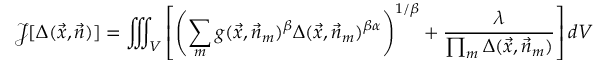
\mathcal { J } [ \Delta ( \vec { x } , \vec { n } ) ] = \iiint _ { V } \left[ \left( \sum _ { m } g ( \vec { x } , \vec { n } _ { m } ) ^ { \beta } \Delta ( \vec { x } , \vec { n } _ { m } ) ^ { \beta \alpha } \right) ^ { 1 / \beta } + \frac { \lambda } { \prod _ { m } \Delta ( \vec { x } , \vec { n } _ { m } ) } \right] d V